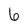
Character: 6